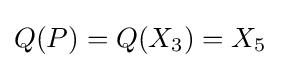
Q(P)=Q(X_{3})=X_{5}